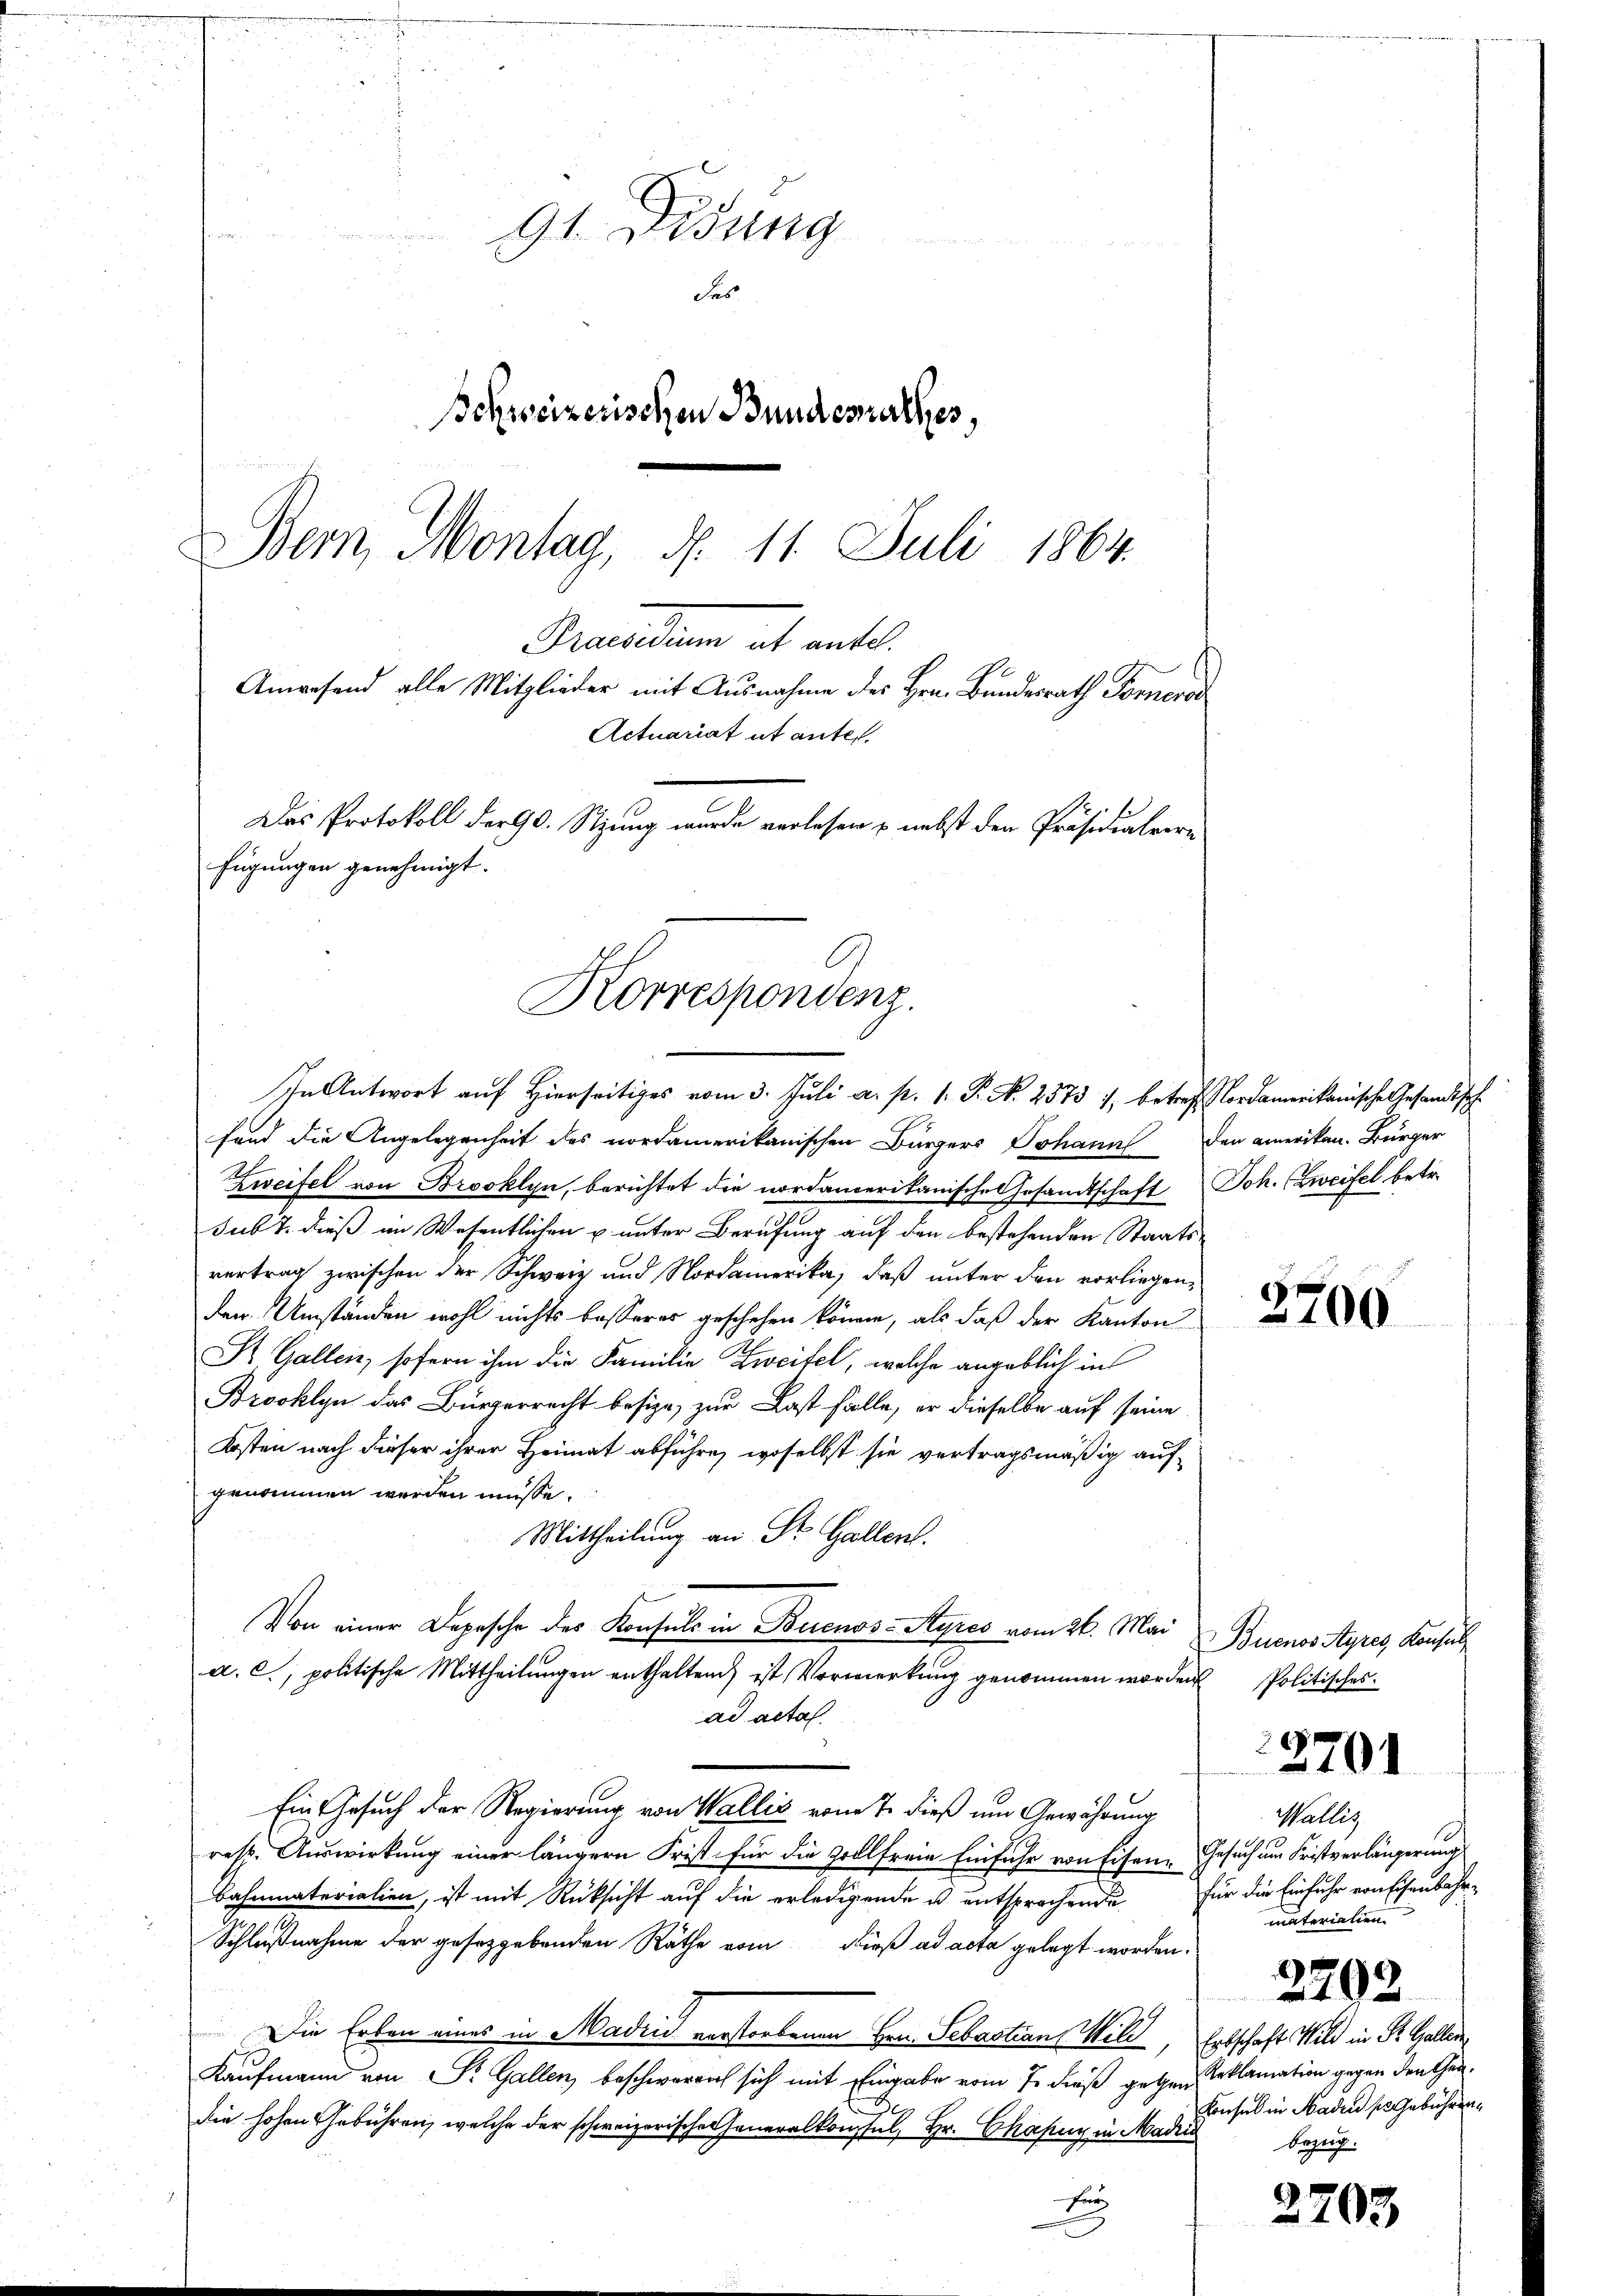
Korrespondenz.
In Antwort auf Hierseitiges vom 3. Juli a. p. 1. P. N. 2573 1, betreff Nordamerikanische Gesandtsch¬

91 Didung
e

des
Schweizerischen Bundesrathes,
Bern, Montag, d. 11. Juli 1864.
Beamten ab ante.
Anwesend alle Mitglieder mit Ausnahme des Hrn. Bundesrath Fornero
Actuariat ut antes.
Das Protokoll der 90. Stzung wurde verlesen & nebst der Präsidialvere
fügungen genehmigt.

fand die Angelegenheit des vordamerikanischen Bürgers Johann den amerikan. Bürger
Zweifel von Brooklyn, berichtet die nordamerikanische Gesamtschaft Joh. (Zweifel betr.
sub 7. dieß an Wesentlichen u unter Berufung auf den bestehenden Staatsvertrag zwischen der Schweiz und Nordamerika, daß unter den vorliegenden Umständen wohl nichts besserer geschehen könne, als daß der Kanton
St. Gallein, sofern ihm die Familie Zweifel, welche angeblich in
Brooklyn das Bürgerrecht besize, zur Last falle, er dieselbe auf seine
Krsten nach dieser ihrer Heimat abführe, woselbst sie vertragsmäßig auf-
genommen werden müsse.
Mittheilung an Sr. Gallen.
Von einer Depesche des Konsuls in Buenos-Ayres vom 26. Mai
a. c., politische Mittheilungen enthaltend ist Vormerkung genommen worden
ad acta.
Ein Gesuch der Regierung von Wallis vom 7. dieß um Gewährung
rest. Auswirkung einer längern Frist für die Zollfreie Einfuhr von Eisen- Gesuch am Fristverlängerung
Bahnmaterialien, ist mit Rücksicht auf die erledigende u. entsprochende für die Einfuhr von Eisenbahr¬
Schlußnahme der gesetzgebenden Räthe vom Dieß ad acta gelegt worden.
Die Erben eines in Madin verstorbenen Hrn. Sebastian Mill Erbschaft Wild in St. Gallen
Kaufmann von Sr. Gallen, beschwereich sich mit Eingabe vom 7. dieß gethen Reklamation gegen den Gendie hohen Gebühren, welche der schweizerische Generalkonstal, Hr. Chang in Madria
E

Buenos Ayres, Konsul
Politisches.

.
2701

Wallig
materialien.

2702

Konsul in Mader ses Gebühren.
bezug.

2703